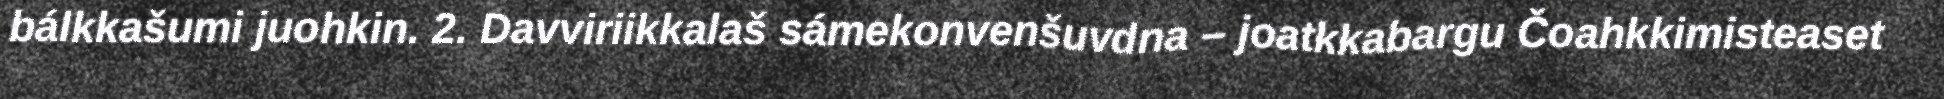
bálkkašumi juohkin. 2. Davviriikkalaš sámekonvenšuvdna – joatkkabargu Čoahkkimisteaset